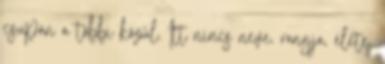
csupán a többi közül. Itt nincs neve, rangja, élete.